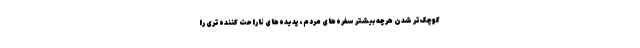
کوچک‌تر شدن هرچه بیشتر سفره‌های مردم، پدیده‌های ناراحت کننده‌تری را